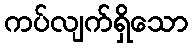
ကပ်လျက်ရှိသော